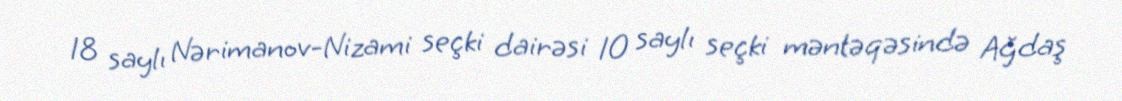
18 saylı Nərimanov-Nizami seçki dairəsi 10 saylı seçki məntəqəsində Ağdaş